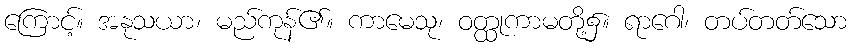
ကြောင့်။ အနုသယာ၊ မည်ကုန်၏။ ကာမေသု၊ ဝတ္ထုကာမတို့၌။ ရာဂေါ၊ တပ်တတ်သော